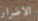
الاضرار